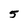
Character: 5